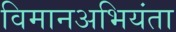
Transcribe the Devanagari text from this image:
विमानअभियंता